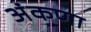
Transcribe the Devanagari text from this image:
अंकणा